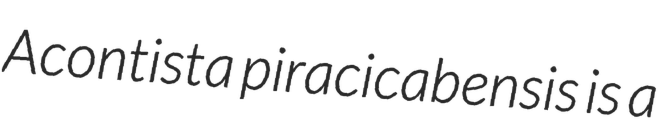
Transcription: Acontista piracicabensis is a